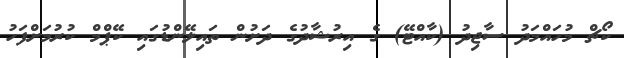
ކޯޗް މުހައްމަދު ސާޖިދު (ކާއްޓޭ) ގެ އިރުޝާދުގެ ދަށުން ތައިލޭންޑުގައި ކޭޕްމް ކުރުމަށްފަހު